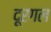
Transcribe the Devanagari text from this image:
दूरगल